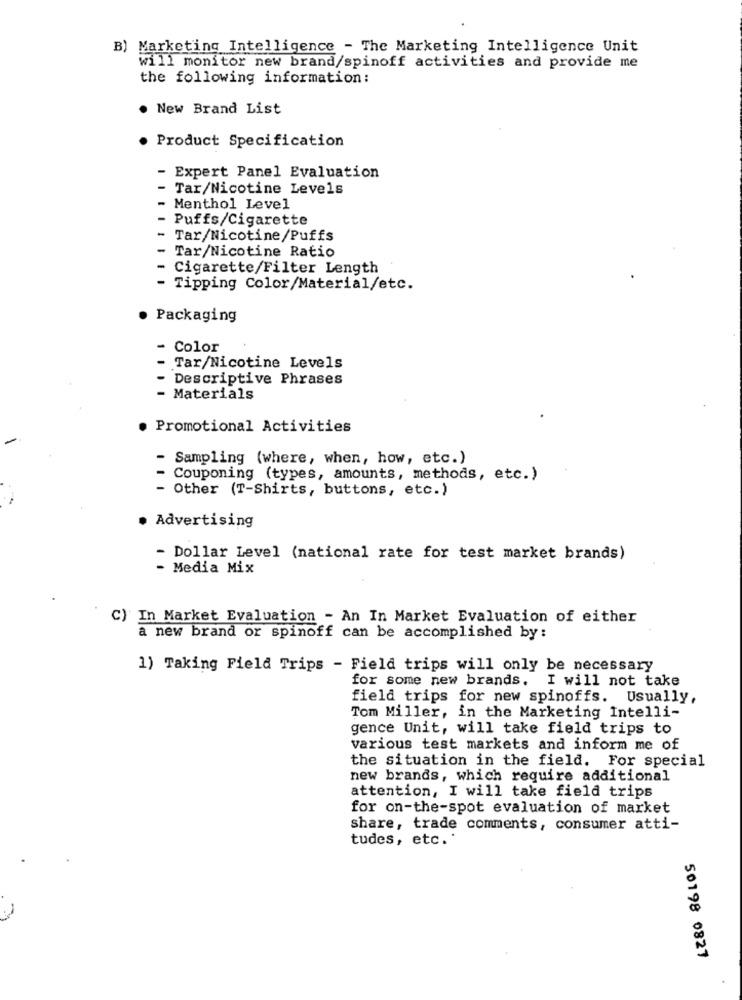
B) Marketing Intelligence - The Marketing Intelligence Unit
will monitor new brand/spinoff activities and provide me
the following information:
. New Brand List
Product Specification
- Expert Panel Evaluation
- Tar/Nicotine Levels
Menthol Level
Puffs/Cigarette
Tar/Nicotine/Puffs
Tar/Nicotine Ratio
Cigarette/Filter Length
- Tipping Color/Material/etc.
Packaging
- Color
Tar/Nicotine Levels
Descriptive Phrases
- Materials
Promotional Activities
- Sampling (where, when, how, etc.)
Couponing (types, amounts, methods, etc.)
- Other (T-Shirts, buttons, etc.)
. Advertising
- Dollar Level (national rate for test market brands)
- Media Mix
C) In Market Evaluation - An In Market Evaluation of either
a new brand or spinoff can be accomplished by:
1) Taking Field Trips - Field trips will only be necessary
for some new brands. I will not take
field trips for new spinoffs. Usually,
Tom Miller, in the Marketing Intelli-
gence Unit, will take field trips to
various test markets and inform me of
the situation in the field. For special
new brands, which require additional
attention, I will take field trips
for on-the-spot evaluation of market
share, trade comments, consumer atti-
tudes, etc.
50198 0827